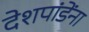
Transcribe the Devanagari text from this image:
देशपांडेंना